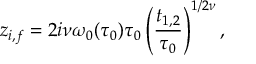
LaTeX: z _ { i , f } = 2 i \nu \omega _ { 0 } ( \tau _ { 0 } ) \tau _ { 0 } \left( \frac { t _ { 1 , 2 } } { \tau _ { 0 } } \right) ^ { 1 / 2 \nu } ,